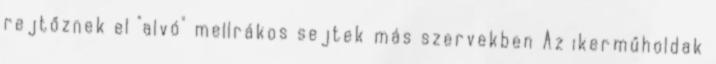
rejtőznek el "alvó" mellrákos sejtek más szervekben Az ikerműholdak